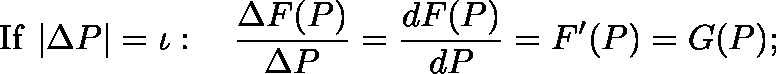
{ \mathrm { I f ~ } } | \Delta P | = { \mathit { \iota } } : \quad { \frac { \Delta F ( P ) } { \Delta P } } = { \frac { d F ( P ) } { d P } } = F ^ { \prime } ( P ) = G ( P ) ; \,